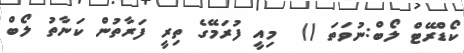
ކޯޑްރޭޓް ލޯބް:ނުވަތަ ()  މިއީ ފުރަމޭގެ ތިރީ ފަރާތުން ކަނާތު ލޯބް